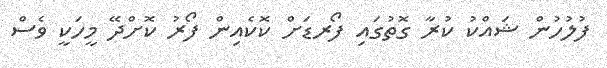
ފުލުހުން ޝައްކު ކުރާ ގޮތުގައި ފޯރޑަށް ކޮކެއިން ފޯރު ކޮށްދޭ މީހަކީ ވެސް